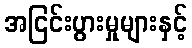
အငြင်းပွားမှုများနှင့်